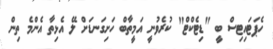
ހެޕަޓައިޓިސް ބީ "ޑިޓެކްޓް" ކުރެވުނީ އަމީތާބް ހަށިގަނޑަށް ލޭ އެޅިތާ އެންމެ ތިން